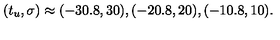
( t _ { u } , \sigma ) \approx ( - 3 0 . 8 , 3 0 ) , ( - 2 0 . 8 , 2 0 ) , ( - 1 0 . 8 , 1 0 ) .